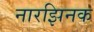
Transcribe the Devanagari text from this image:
नारझिनक